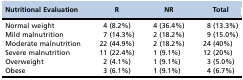
<table><thead><tr><td><b>Nutritional Evaluation</b></td><td><b>R</b></td><td><b>NR</b></td><td><b>Total</b></td></tr></thead><tbody><tr><td>Normal weight</td><td>4 (8.2%)</td><td>4 (36.4%)</td><td>8 (13.3%)</td></tr><tr><td>Mild malnutrition</td><td>7 (14.3%)</td><td>2 (18.2%)</td><td>9 (15.0%)</td></tr><tr><td>Moderate malnutrition</td><td>22 (44.9%)</td><td>2 (18.2%)</td><td>24 (40%)</td></tr><tr><td>Severe malnutrition</td><td>11 (22.4%)</td><td>1 (9.1%)</td><td>12 (20%)</td></tr><tr><td>Overweight</td><td>2 (4.1%)</td><td>1 (9.1%)</td><td>3 (5.0%)</td></tr><tr><td>Obese</td><td>3 (6.1%)</td><td>1 (9.1%)</td><td>4 (6.7%)</td></tr></tbody></table>